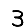
Digit: 3